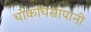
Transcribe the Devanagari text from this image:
चोकचिसापानी